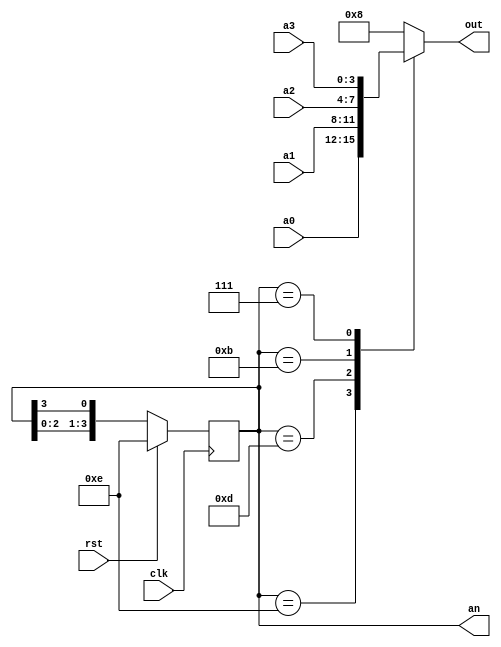
// seven segment and display

module s_segment(clk, rst, a0, a1, a2, a3, out, an);
input clk, rst;
input [3:0] a0, a1, a2, a3;
output reg [3:0] out;
output reg [3:0] an;
wire [3:0] next_an;

always@(posedge clk) begin
    if(rst == 1'b1) begin
        an <= 4'b1110;
    end
    else begin
        an <= next_an;
    end
end

assign next_an = {an[2:0], an[3]};

always@(*) begin
    case(an)
        4'b1110: out = a0;
        4'b1101: out = a1;
        4'b1011: out = a2;
        4'b0111: out = a3;
        default: out = 4'd8; 
    endcase
end

endmodule 

module sevensegment(num, D_ss);
input [3:0] num;
output reg[6:0] D_ss;

always@(*) begin
    case (num)
        4'd0: D_ss = 7'b1000000; // 0
        4'd1: D_ss = 7'b1111001; // 1
        4'd2: D_ss = 7'b0100100; // 2
        4'd3: D_ss = 7'b0110000; // 3
        4'd4: D_ss = 7'b0011001; // 4 
        4'd5: D_ss = 7'b0010010; // 5
        4'd6: D_ss = 7'b0000010; // 6
        4'd7: D_ss = 7'b1111000; // 7
        4'd8: D_ss = 7'b0000000; // 8
        4'd9: D_ss = 7'b0010000; // 9
        4'd10: D_ss = 7'b0111111; // -
        4'd11: D_ss = 7'b1111111; // empty
        default: D_ss = 7'b0000000; // 8
    endcase
end

endmodule